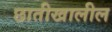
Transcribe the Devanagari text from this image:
छातीखालील